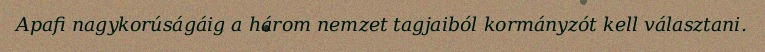
Apafi nagykorúságáig a három nemzet tagjaiból kormányzót kell választani.